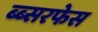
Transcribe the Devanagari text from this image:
ब्ब्सरफेस